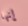
إنها